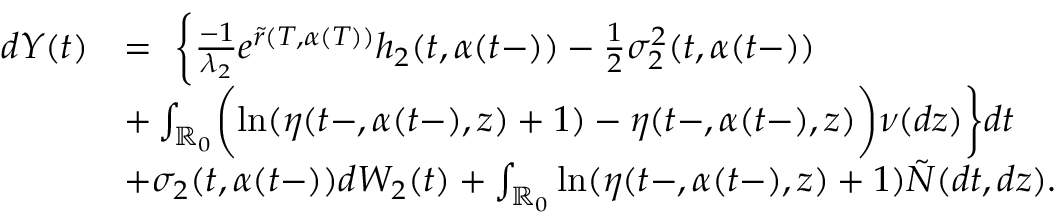
\begin{array} { r l } { d Y ( t ) } & { = \ \biggl \{ \frac { - 1 } { \lambda _ { 2 } } e ^ { \tilde { r } ( T , \alpha ( T ) ) } h _ { 2 } ( t , \alpha ( t - ) ) - \frac { 1 } { 2 } \sigma _ { 2 } ^ { 2 } ( t , \alpha ( t - ) ) } \\ & { + \int _ { \mathbb { R } _ { 0 } } \biggl ( \ln ( \eta ( t - , \alpha ( t - ) , z ) + 1 ) - \eta ( t - , \alpha ( t - ) , z ) \biggr ) \nu ( d z ) \biggr \} d t } \\ & { + \sigma _ { 2 } ( t , \alpha ( t - ) ) d W _ { 2 } ( t ) + \int _ { \mathbb { R } _ { 0 } } \ln ( \eta ( t - , \alpha ( t - ) , z ) + 1 ) \tilde { N } ( d t , d z ) . } \end{array}